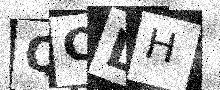
Text: QCDH